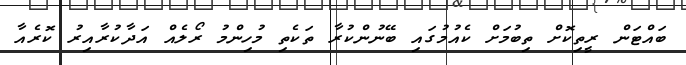
ބައްޓަން ރީތިކޮށް ތިބުމަށް ކެއުމުގައި ބޭނުންކުރާ ތަކެތި މުހިންމު ރޯލެއް އަދާކުރާއިރު ކޮރެއާ